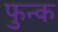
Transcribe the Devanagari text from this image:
फुन्क